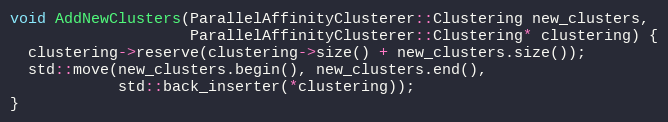
Language: C++
void AddNewClusters(ParallelAffinityClusterer::Clustering new_clusters,
                    ParallelAffinityClusterer::Clustering* clustering) {
  clustering->reserve(clustering->size() + new_clusters.size());
  std::move(new_clusters.begin(), new_clusters.end(),
            std::back_inserter(*clustering));
}